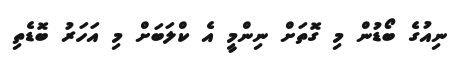
ނިއުގެ ބޯޑުން މި ގޮތަށް ނިންމީ އެ ކްލަބަށް މި އަހަރު ބޮޑެތި